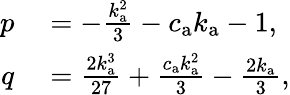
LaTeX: \begin{array}{rl}{p}&{{}=-\frac{k_{\mathrm{a}}^{2}}{3}-c_{\mathrm{a}}k_{\mathrm{a}}-1,}\\ {q}&{{}=\frac{2k_{\mathrm{a}}^{3}}{27}+\frac{c_{\mathrm{a}}k_{\mathrm{a}}^{2}}{3}-\frac{2k_{\mathrm{a}}}{3},}\end{array}